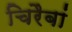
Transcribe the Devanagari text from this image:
चिरैबां